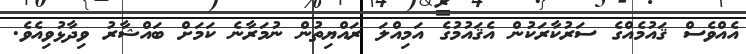
އެއްވެސް ޤައުމެއްގެ ސަރުކާރަކުން އެޤައުމުގެ އަމިއްލަ ރައްޔިތުން ނުމަރާނެ ކަމަށް ބައްޝާރު ވިދާޅުވިއެވެ.